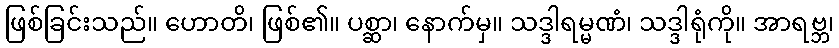
ဖြစ်ခြင်းသည်။ ဟောတိ၊ ဖြစ်၏။ ပစ္ဆာ၊ နောက်မှ။ သဒ္ဒါရမ္မဏံ၊ သဒ္ဒါရုံကို။ အာရဗ္ဘ၊